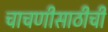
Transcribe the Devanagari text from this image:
चाचणीसाठीची